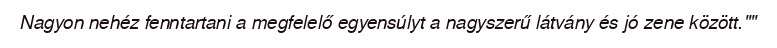
Nagyon nehéz fenntartani a megfelelő egyensúlyt a nagyszerű látvány és jó zene között.""